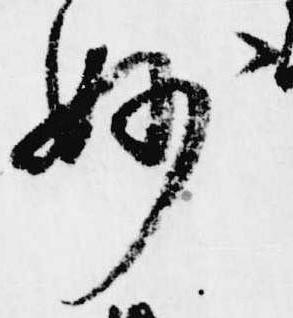
妙